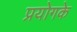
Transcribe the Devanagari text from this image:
प्रयोगके